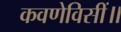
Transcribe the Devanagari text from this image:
कवणेविसीं॥